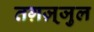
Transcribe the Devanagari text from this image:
तग़ज़्जुल